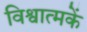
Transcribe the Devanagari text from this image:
विश्वात्मकें